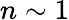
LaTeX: n\sim 1